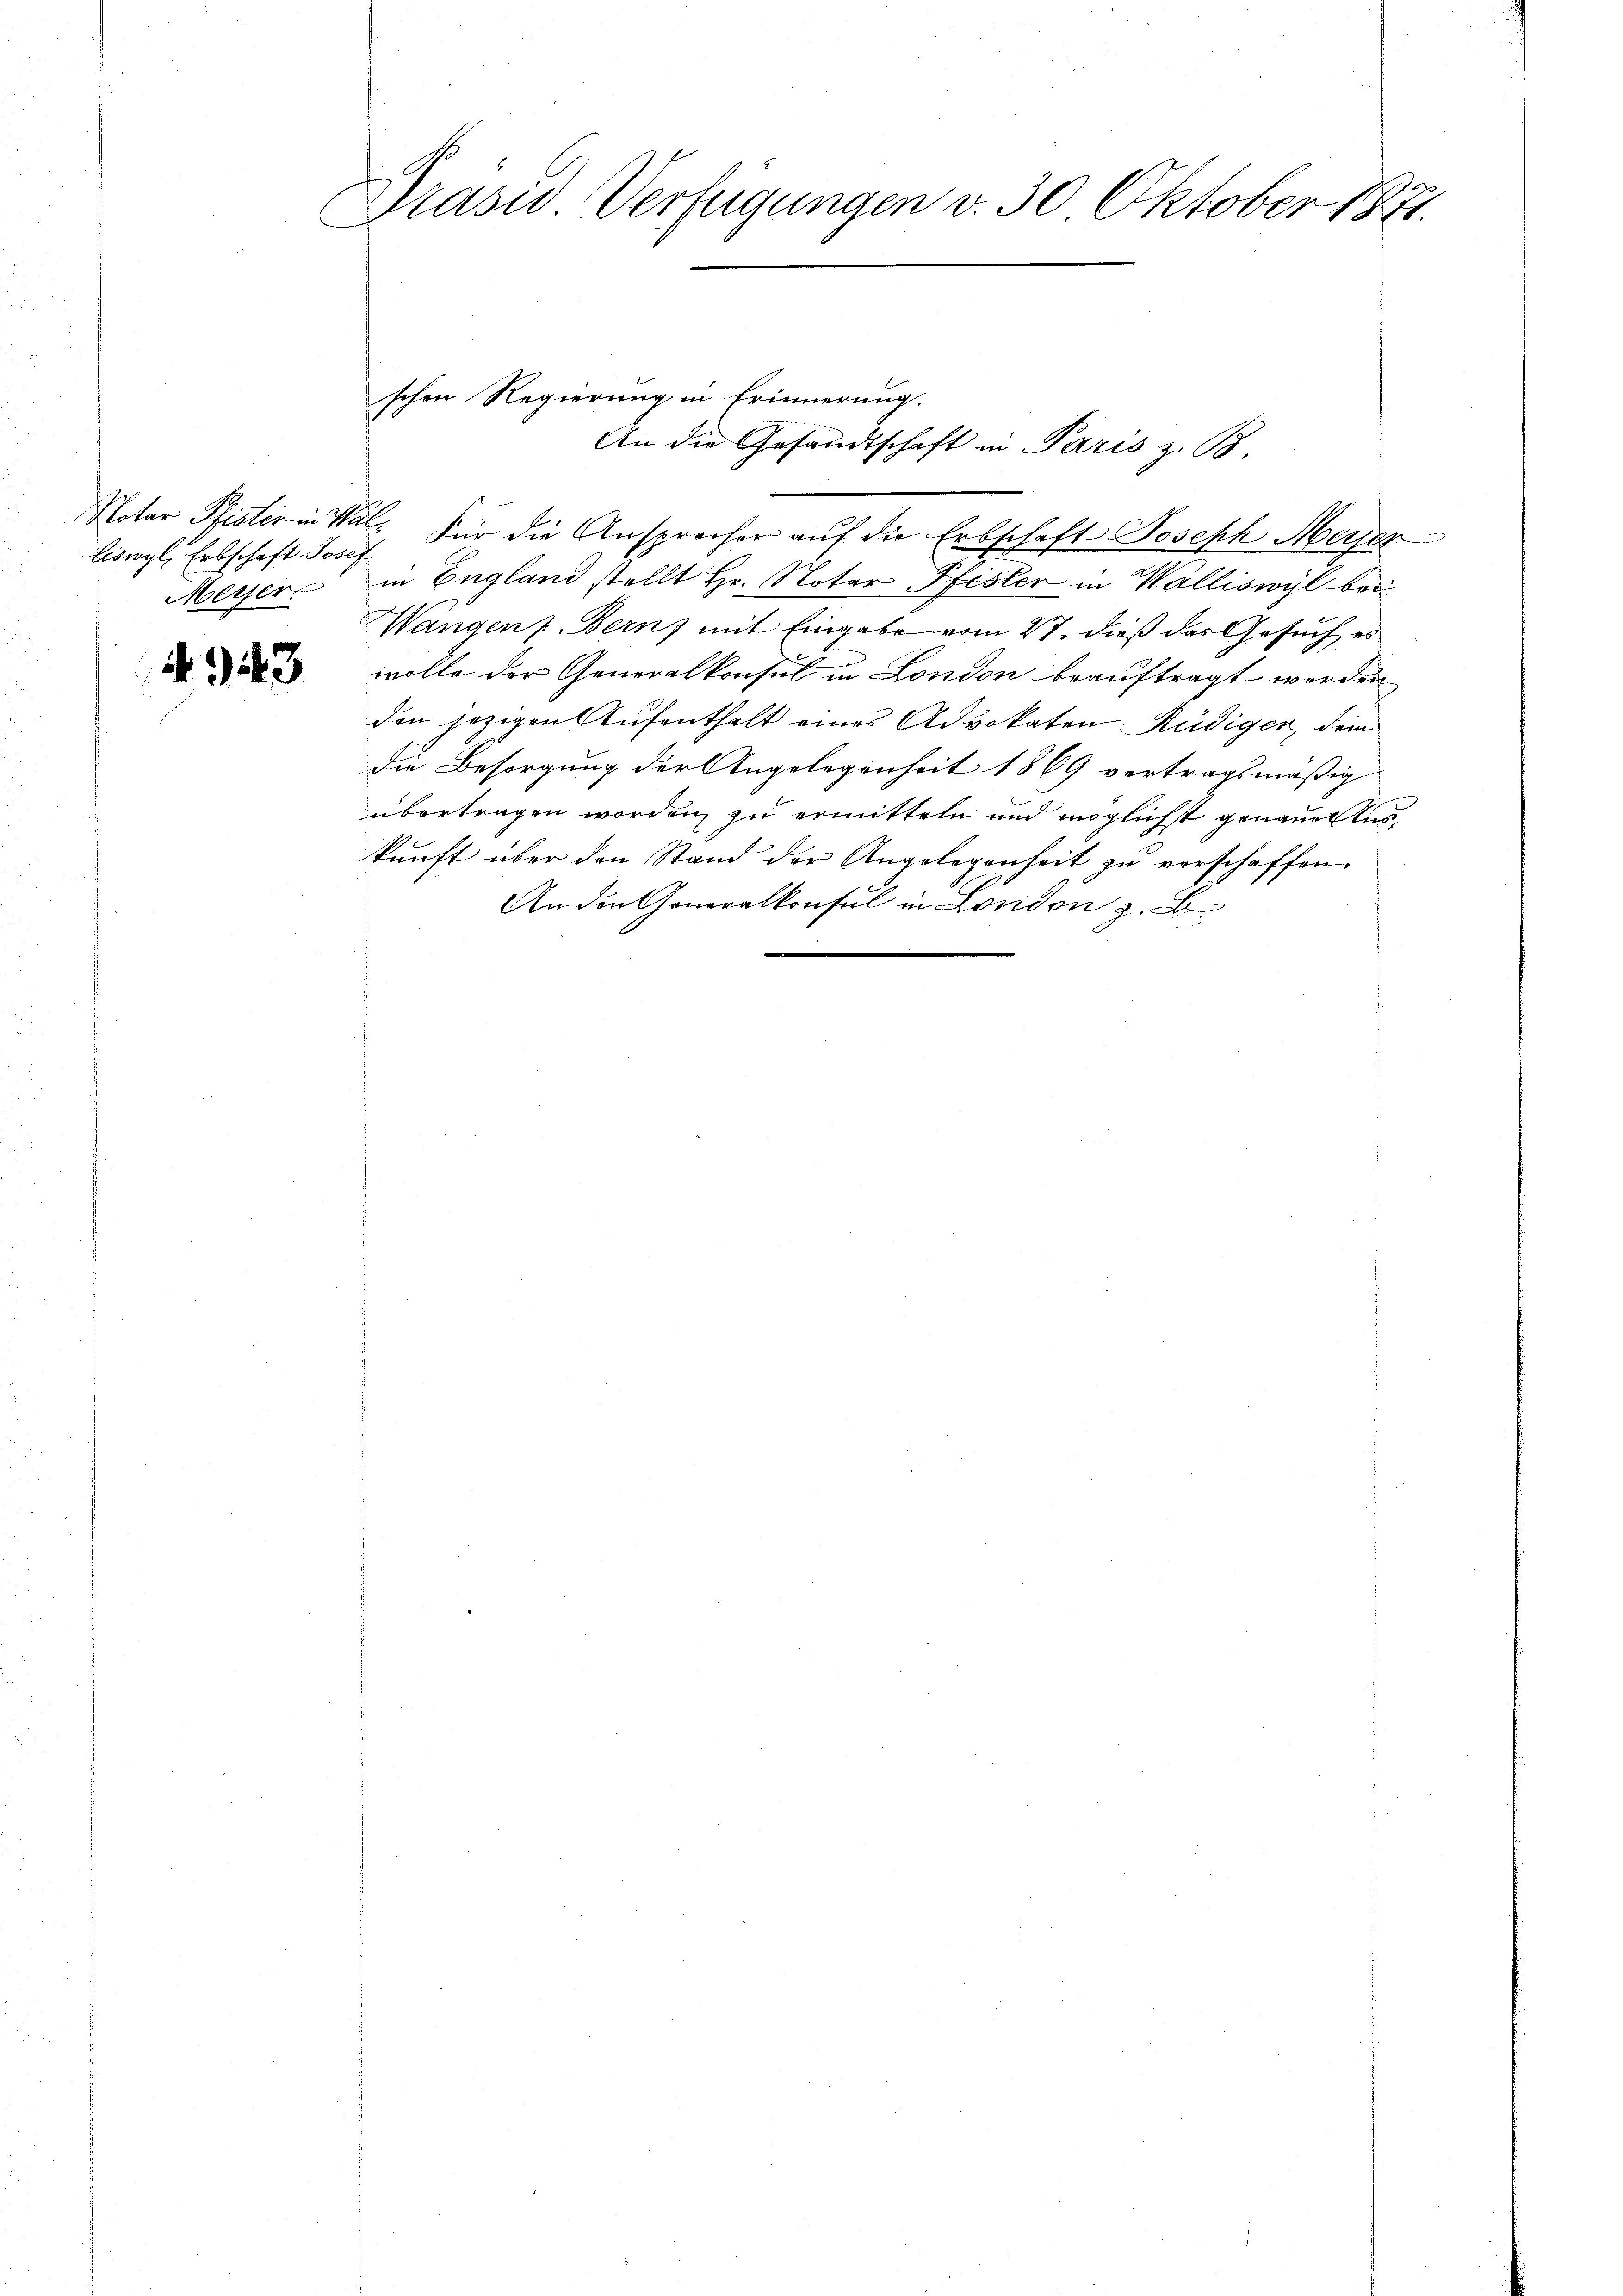
Eiswyl, Erbschaft Josef
Merzer.

4943

Präsid. Verfügungen v. 30 Oktober 1871.

schen Regierung in Erinnerung.
An die Gesandtschaft in Paris z. B.
Notar Pfister in Mal. Für die Ansprecher auf die Erbschaft Joseph Meyer
in England stellt Hr. Notar Pfister in Walliswyl bei
Wangen Bern, mit Eingabe vom 27. dieß das Gesuch es
wolle der Generalkonsul in London beauftragt werden
den jezigen Aufenthalt eines Advokaten Rudigen dem
die Besorgung der Angelegenheit 1869 vertragsmäßig
übertragen worden zu ermitteln und möglichst genaue Auskŭnft über den Stand der Angelegenheit zŭ verschaffen.
An den Generalkonsul in London z. B.